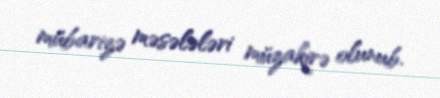
mübarizə məsələləri müzakirə olunub.